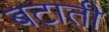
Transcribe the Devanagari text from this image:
बटाती